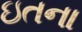
ઇતના